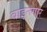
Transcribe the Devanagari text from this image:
वाइनगार